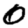
Digit: 0